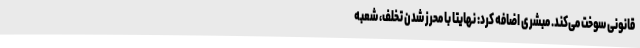
قانونی سوخت می‌کند. مبشری اضافه کرد: نهایتا با محرز شدن تخلف، شعبه